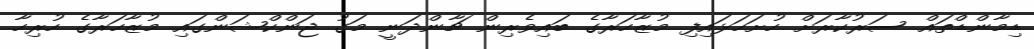
ޑިމާންޑްތައް ސަރުކާރަށް ހުށަހަޅައިފި މުޒާހަރާގެ ބައިވެރިން ޗާންދަނީ މަގު ޖަންކްޝަންގައި މުޒާހަރާގެ ހުރިހާ